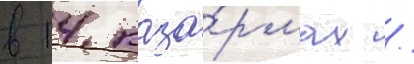
в 14 каза́рмах /